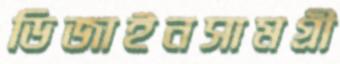
ডিজাইনসামগ্রী